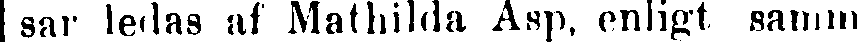
sar ledas af Mathilda Asp, enligt samm